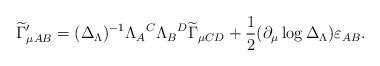
\begin{align*}\widetilde{\Gamma }_{\mu AB}^{\prime }{}=(\Delta _{{\small \Lambda }})^{-1}\Lambda _{A}{}^{C}\Lambda _{B}{}^{D}\widetilde{\Gamma }_{\mu CD}{}+\frac{1}{2}(\partial _{\mu }\log \Delta _{{\small \Lambda }})\varepsilon_{AB}{}. \end{align*}